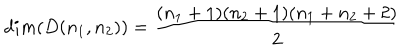
d i m ( D ( n _ { 1 } , n _ { 2 } ) ) = \frac { ( n _ { 1 } + 1 ) ( n _ { 2 } + 1 ) ( n _ { 1 } + n _ { 2 } + 2 ) } { 2 }